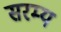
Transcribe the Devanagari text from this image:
सरम्य